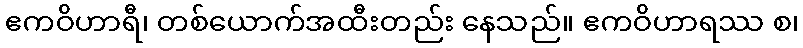
ဧကဝိဟာရီ၊ တစ်ယောက်အထီးတည်း နေသည်။ ဧကဝိဟာရဿ စ၊